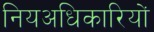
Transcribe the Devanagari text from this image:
नियअधिकारियों